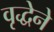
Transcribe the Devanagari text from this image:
वृद्धेने